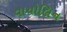
વાયોલિન